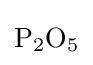
{\mathrm {P} {\vphantom {A}}_{\smash[{t}]{2}}\mathrm {O} {\vphantom {A}}_{\smash[{t}]{5}}}